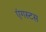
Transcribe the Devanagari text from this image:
एंगस्टस